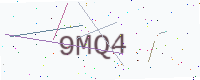
Text: 9MQ4